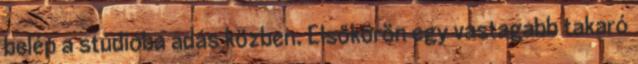
belép a stúdióba adás közben. Elsőkörön egy vastagabb takaró